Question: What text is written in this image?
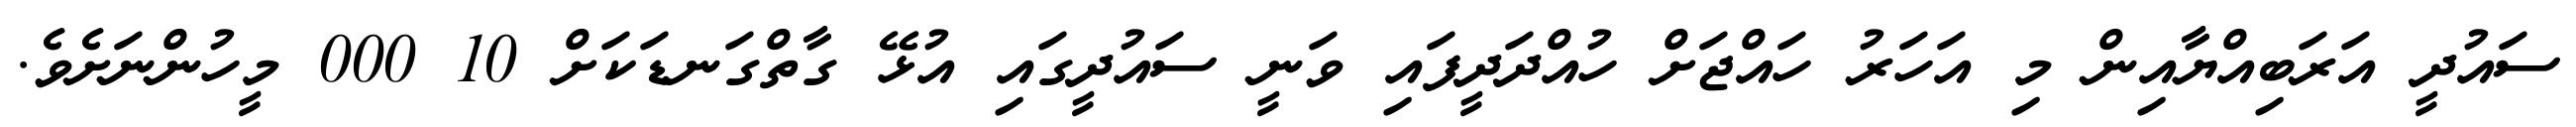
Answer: ސައުދީ އަރަބިއްޔާއިން މި އަހަރު ހައްޖަށް ހުއްދަދީފައި ވަނީ ސައުދީގައި އުޅޭ ގާތްގަނޑަކަށް 10 000 މީހުންނަށެވެ.